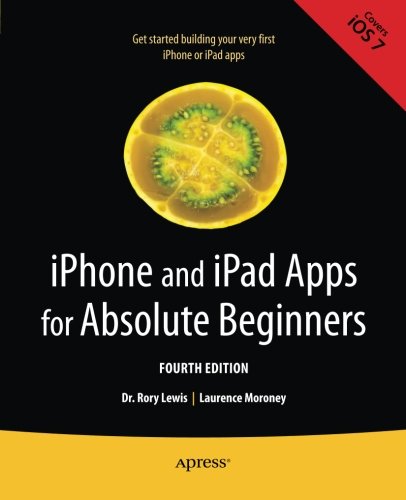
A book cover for iPhone and iPad Apps for Absolute Beginners; Rory Lewis; Computers & Technology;